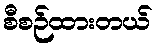
စီစဉ်ထားတယ်